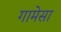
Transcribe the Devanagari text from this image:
गामेसा